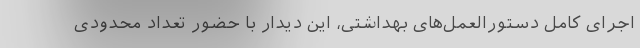
اجرای کامل دستورالعمل‌های بهداشتی، این دیدار با حضور تعداد محدودی